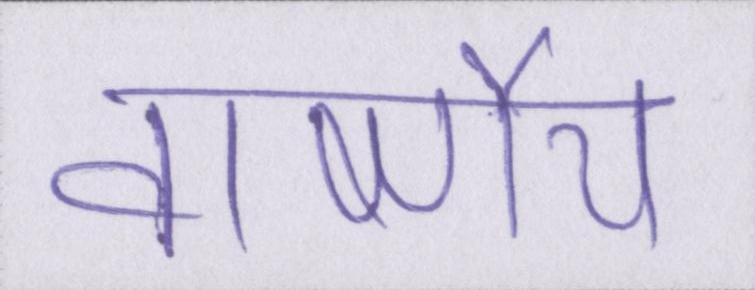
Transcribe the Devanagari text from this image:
वार्ष्णेय